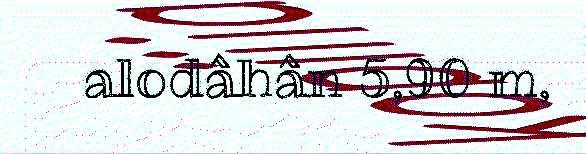
alodâhân 5,90 m,